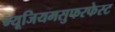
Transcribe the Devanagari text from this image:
म्यूजियमसुफरफेस्ट